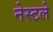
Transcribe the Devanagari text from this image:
नेस्टले